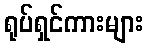
ရုပ်ရှင်ကားများ